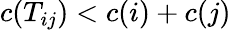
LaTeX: c(T_{ij})<c(i)+c(j)